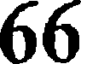
66